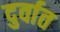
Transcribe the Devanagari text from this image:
दुर्वात